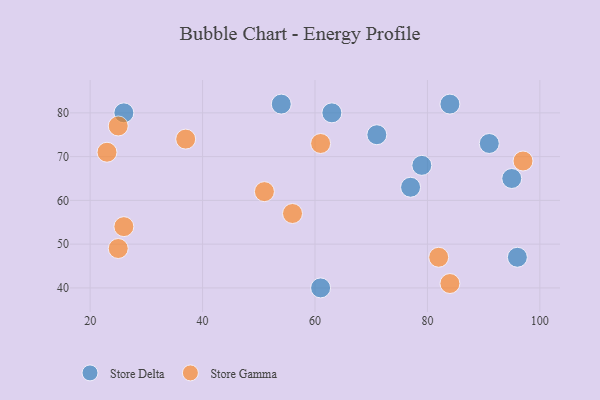
{"axis": {"x": "GDP", "y": "Life Expectancy"}, "legend": ["Store Delta", "Store Gamma"], "data": [{"x": "71", "y": 75, "type": "Store Delta"}, {"x": "26", "y": 80, "type": "Store Delta"}, {"x": "77", "y": 63, "type": "Store Delta"}, {"x": "91", "y": 73, "type": "Store Delta"}, {"x": "61", "y": 40, "type": "Store Delta"}, {"x": "95", "y": 65, "type": "Store Delta"}, {"x": "96", "y": 47, "type": "Store Delta"}, {"x": "84", "y": 82, "type": "Store Delta"}, {"x": "63", "y": 80, "type": "Store Delta"}, {"x": "54", "y": 82, "type": "Store Delta"}, {"x": "79", "y": 68, "type": "Store Delta"}, {"x": "97", "y": 69, "type": "Store Gamma"}, {"x": "26", "y": 54, "type": "Store Gamma"}, {"x": "25", "y": 49, "type": "Store Gamma"}, {"x": "56", "y": 57, "type": "Store Gamma"}, {"x": "82", "y": 47, "type": "Store Gamma"}, {"x": "51", "y": 62, "type": "Store Gamma"}, {"x": "84", "y": 41, "type": "Store Gamma"}, {"x": "61", "y": 73, "type": "Store Gamma"}, {"x": "23", "y": 71, "type": "Store Gamma"}, {"x": "37", "y": 74, "type": "Store Gamma"}, {"x": "25", "y": 77, "type": "Store Gamma"}]}